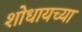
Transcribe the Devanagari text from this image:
शोधायच्या